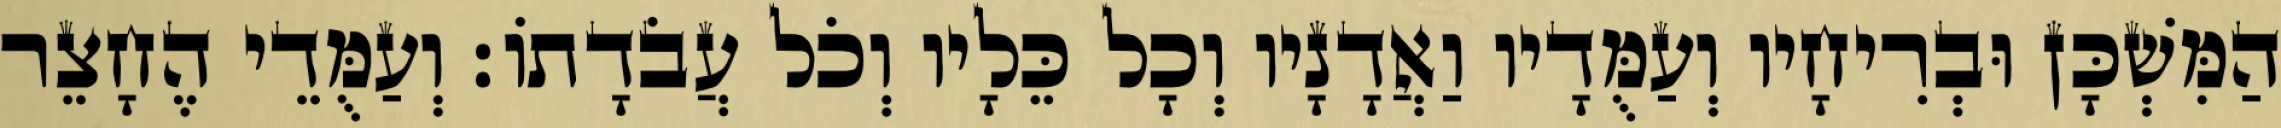
הַמִּשְׁכָּן וּבְרִיחָיו וְעַמֻּדָיו וַאֲדָנָיו וְכָל כֵּלָיו וְכֹל עֲבֹדָתוֹ׃ וְעַמֻּדֵי הֶחָצֵר